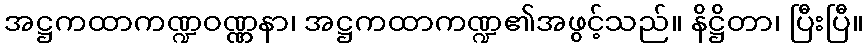
အဋ္ဌကထာကဏ္ဍဝဏ္ဏနာ၊ အဋ္ဌကထာကဏ္ဍ၏အဖွင့်သည်။ နိဋ္ဌိတာ၊ ပြီးပြီ။